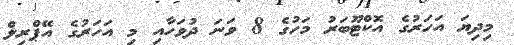
މިދިޔަ އަހަރުގެ އޮކްޓޫބަރު މަހުގެ 8 ވަނަ ދުވަހާއި މި އަހަރުގެ އޭޕްރިލް